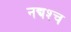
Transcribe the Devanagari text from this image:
नद्यश्‍च